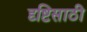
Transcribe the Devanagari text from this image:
दृष्टिसाठी